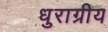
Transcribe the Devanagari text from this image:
धुराग्रीय